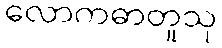
လောကဓာတူသု